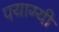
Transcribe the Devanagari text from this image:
पयाग्यी